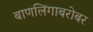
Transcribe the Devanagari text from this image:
बाणलिंगाबरोबर